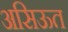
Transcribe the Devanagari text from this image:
असिऊत